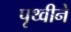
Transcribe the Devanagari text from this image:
पृथ्वीने